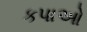
કપાઓ